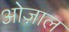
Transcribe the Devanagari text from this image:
ओज़ाल